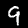
Digit: 9